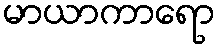
မာယာကာရော